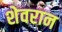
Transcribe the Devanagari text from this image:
शेवरान